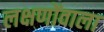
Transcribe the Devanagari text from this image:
लक्षणोंवाला